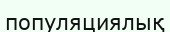
популяциялық